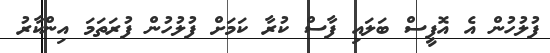
ފުލުހުން އެ އޮފީސް ބަލައި ފާސް ކުރާ ކަމަށް ފުލުހުން ފުރަތަމަ އިންކާރު